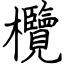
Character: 欖